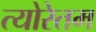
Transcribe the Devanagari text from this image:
त्योरेतम